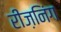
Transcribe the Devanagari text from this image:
रीज़निंग